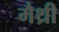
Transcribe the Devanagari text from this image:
मैथ्री